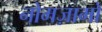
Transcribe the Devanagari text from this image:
नोमज़ामो